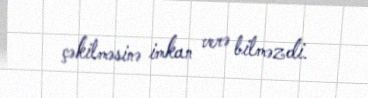
çəkilməsinə imkan verə bilməzdi.